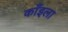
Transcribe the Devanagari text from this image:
काँइला